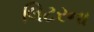
લિટરના